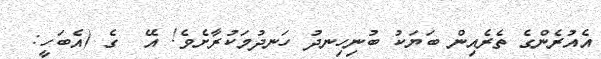
އެއުރެންގެ ތެރެއިން ބަޔަކު ބުނިހިނދު ހަނދުމަކުރާށެވެ! އޭ  ގެ (އެބަހީ: